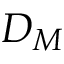
D _ { M }